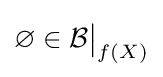
\varnothing \in {\mathcal {B}}{\big \vert }_{f(X)}